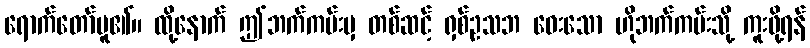
ရောက်တော်မူ၏။ ထို့နောက် ဤဘက်ကမ်းမှ တစ်ဆင့် ရှစ်ဥသဘ ဝေးသော ဟိုဘက်ကမ်းသို့ ကူးဖို့ရန်